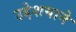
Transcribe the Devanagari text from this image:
उद्देशयाने